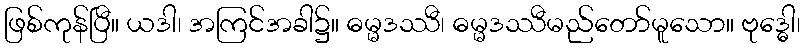
ဖြစ်ကုန်ပြီ။ ယဒါ၊ အကြင်အခါ၌။ ဓမ္မဒဿီ၊ ဓမ္မဒဿီမည်တော်မူသော။ ဗုဒ္ဓေါ၊